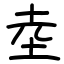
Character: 坴